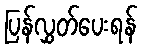
ပြန်လွှတ်ပေးရန်